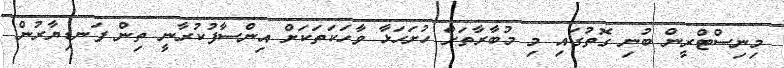
މިނިސްޓްރީން ބުނި ގޮތުގައި މި މުބާރާތަށް ހުށަހަޅާ ވާހަކަތަކަށް އިންސާފުކުރާނީ ތިން ފަނޑިޔާރުން